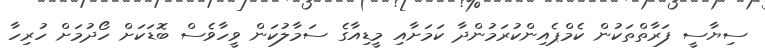
ސިޔާސީ ފަރާތްތަކުން ކެމްޕެއިންކުރަމުންދާ ކަމަށާއި މީޑިއާގެ ސަމާލުކަން ވީހާވެސް ބޮޑަކަށް ހޯދުމަށް ހުރިހާ